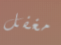
مغفل